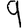
Digit: 9